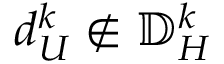
d _ { U } ^ { k } \notin { \mathbb { D } _ { H } ^ { k } }